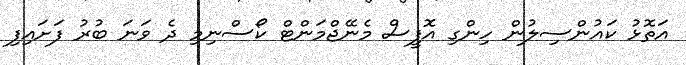
އަތޮޅު ކައުންސިލުން ހިންގި އޮފީސް މެނޭޖްމަންޓް ކޯސްނިމި ދެ ވަނަ ބުރު ފަށައިފި